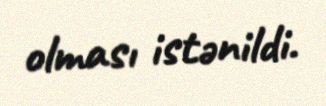
olması istənildi.